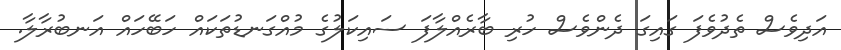
އަދިވެސް ތެދުވެފަ ގައިގަ ދެންވެސް ހުރި ބާރެއްލާފަ ސައިކަލުގެ މުއްގަނޑުތަކައް ހަބޭހައް އަނބުރާލާ.